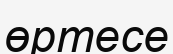
өртесе